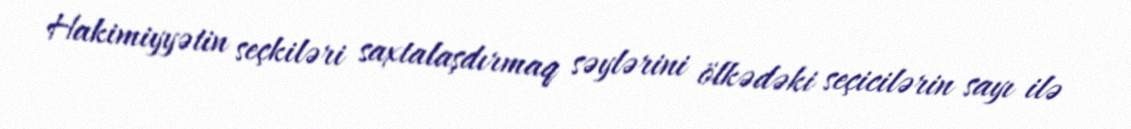
Hakimiyyətin seçkiləri saxtalaşdırmaq səylərini ölkədəki seçicilərin sayı ilə